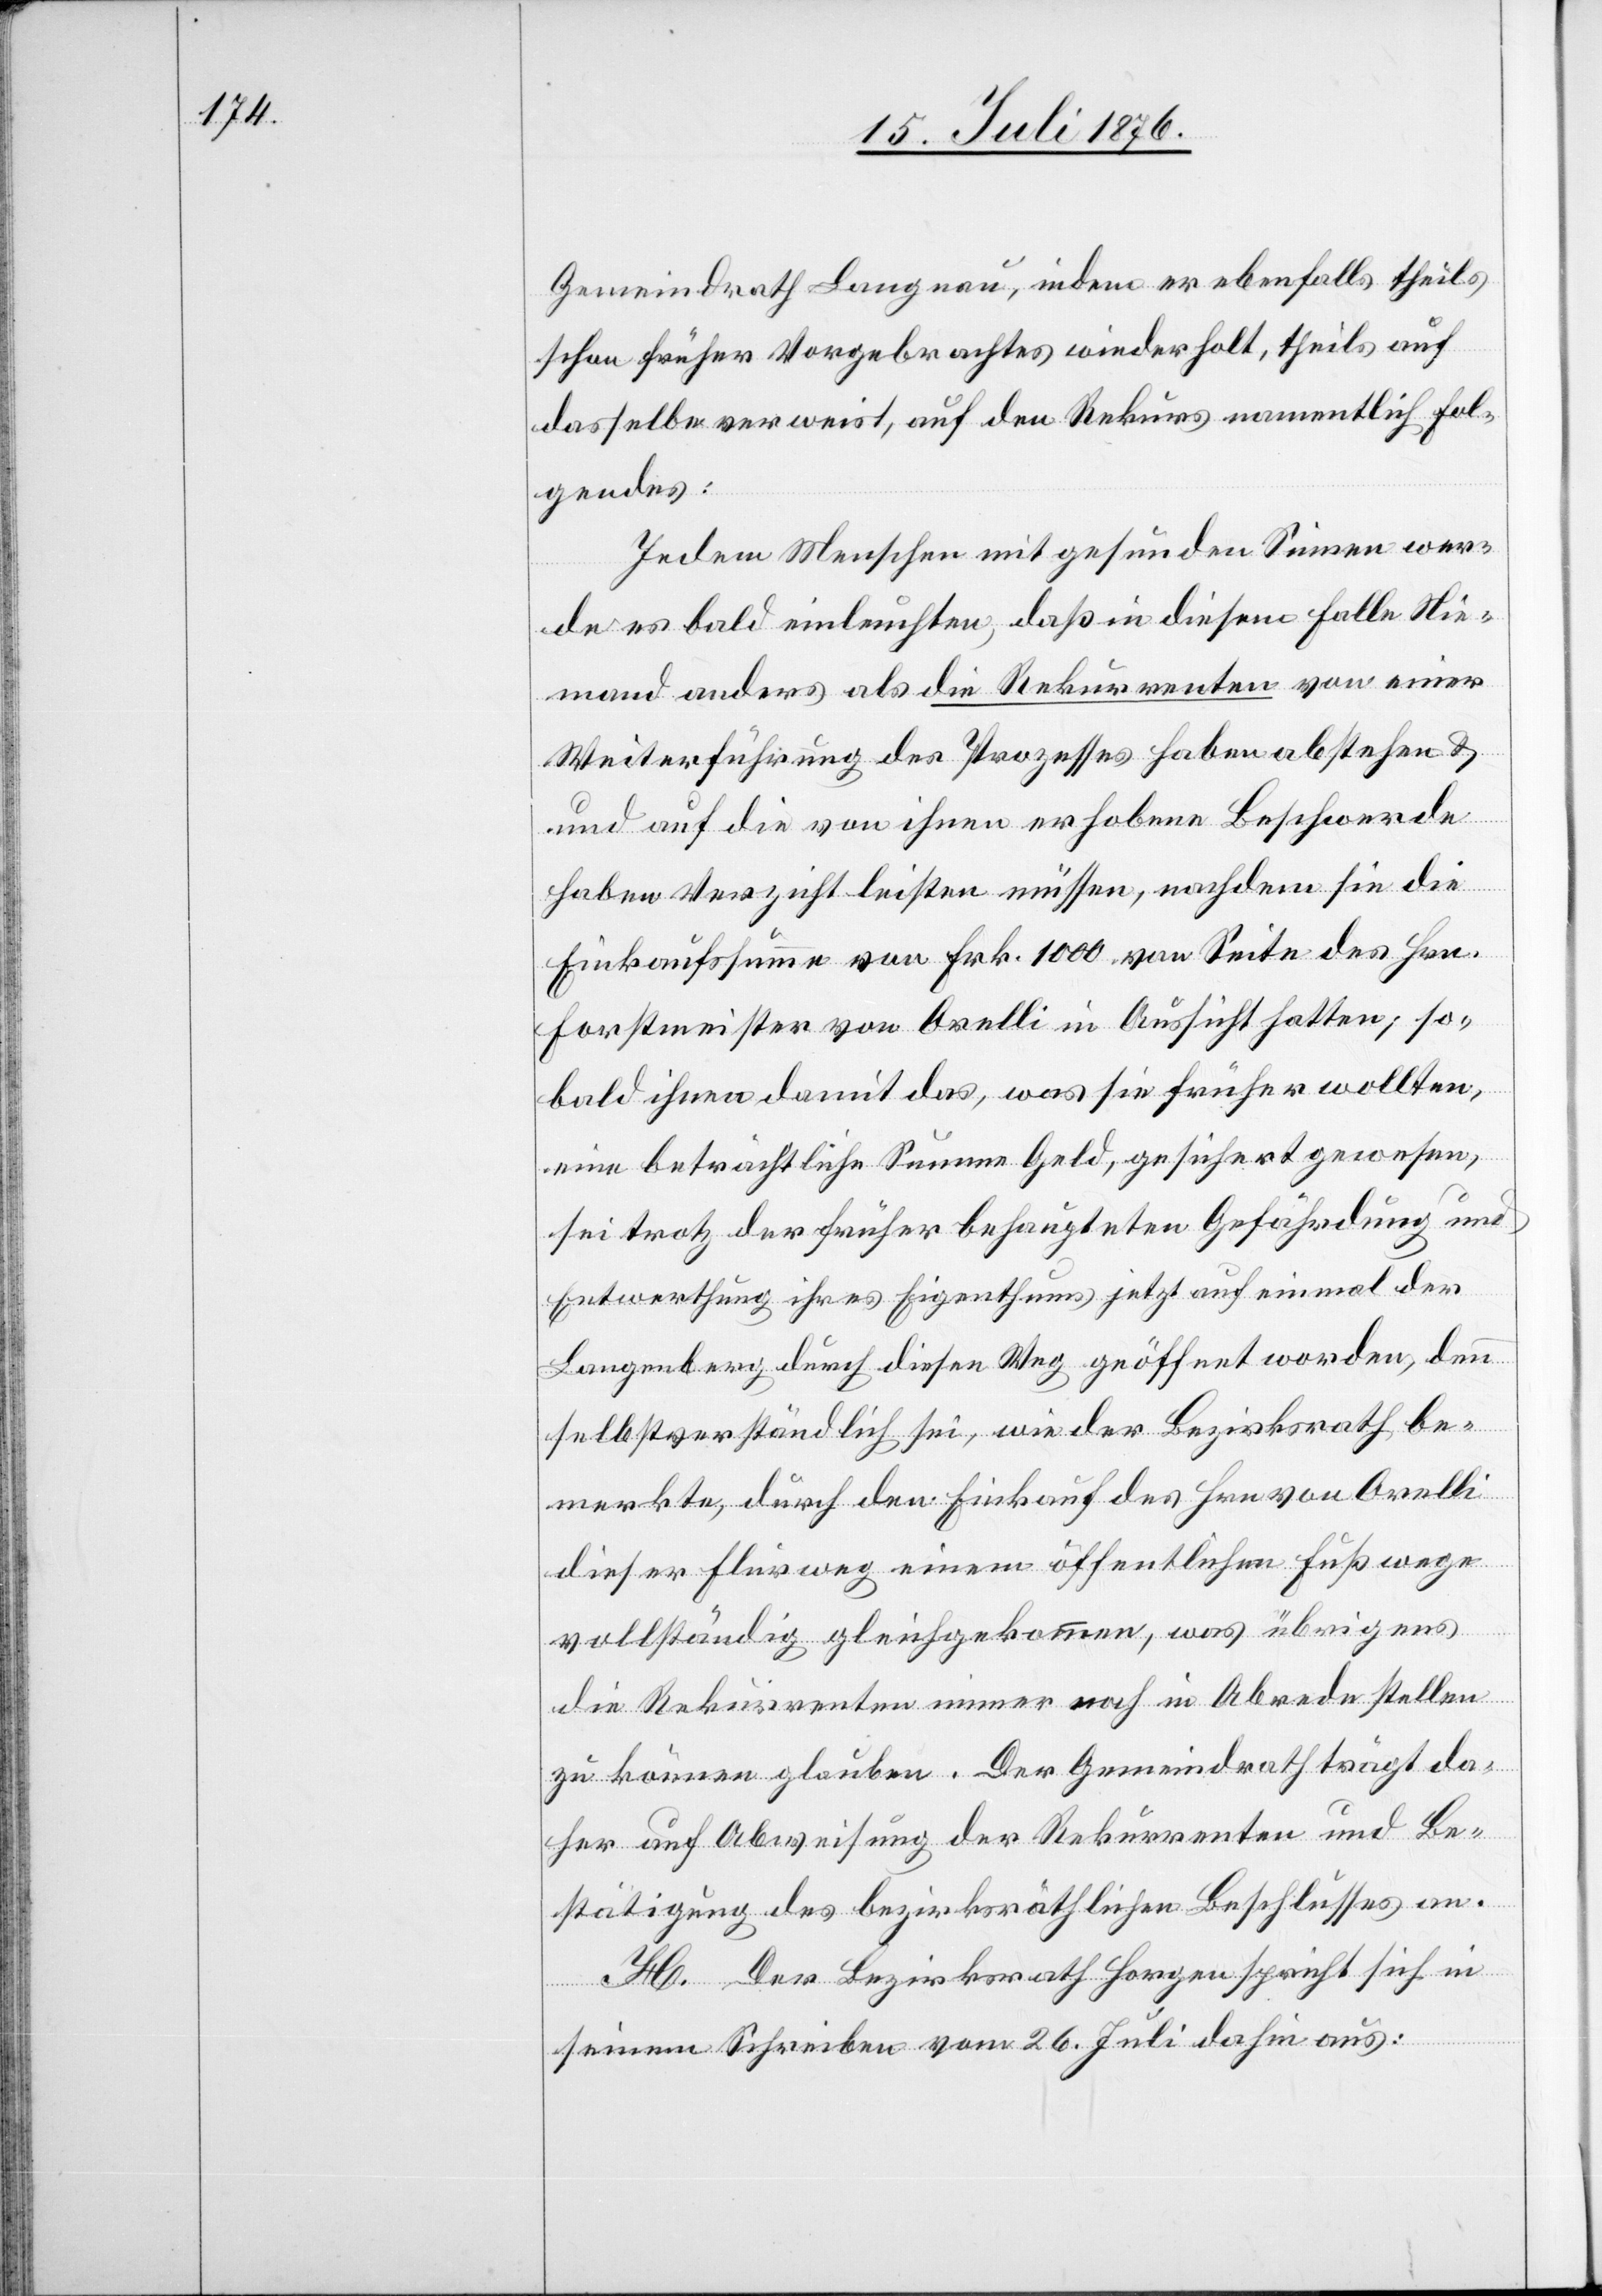
Gemeindrath Langnau, indem er ebenfalls theils
schon früher Vorgebrachtes wiederholt, theils auf
dasselbe verweist, auf den Rekurs namentlich fol¬
gendes:
Jedem Menschen mit gesunden Sinnen wer¬
de es bald einleuchten, daß in diesem Falle Nie¬
mand anders als die Rekurrenten von einer
Weiterführung des Prozesses haben abstehen &
ic!] auf die von ihnen erhobene Beschwerde
haben Verzicht leisten müssen, nachdem sie die
Einkaufssumme von Frk. 1000 von Seite des Hrn.
Forstmeister von Orelli in Aussicht hatten; so¬
bald ihnen damit das, was sie früher wollten,
eine beträchtliche Summe Geld, gesichert gewesen,
sei trotz der früher behaupteten Gefährdung und
Entwerthung ihres Eigenthums jetzt auf einmal der
Langenberg durch diesen Weg geöffnet worden, denn
selbstverständlich sei, wie der Bezirksrath be¬
merkte, durch den Einkauf des Hrn. von Orelli
dieser Flurweg einem öffentlichen Fußwege
un¬
vollständig gleichgekommen, was übrigens
die Rekurrenten immer noch in Abrede stellen
zu können glauben. Der Gemeindrath trägt da¬
her auf Abweisung der Rekurrenten und Be¬
stätigung des bezirksräthlichen Beschlusses an.
H. Der Bezirksrath Horgen spricht sich in
seinem Schreiben vom 26. Juli dahin aus: